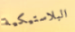
البلاستيكية